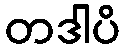
တဒါပိ